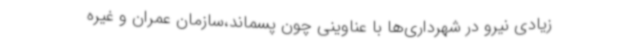
زیادی نیرو در شهرداری‌ها با عناوینی چون پسماند،سازمان عمران و غیره